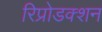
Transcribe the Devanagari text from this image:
रिप्रोडक्शन